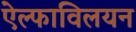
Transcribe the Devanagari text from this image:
ऐल्फाविलयन